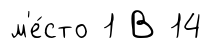
м'е́сто 1 В 14